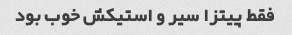
فقط پیتزا سیر و استیکش خوب بود